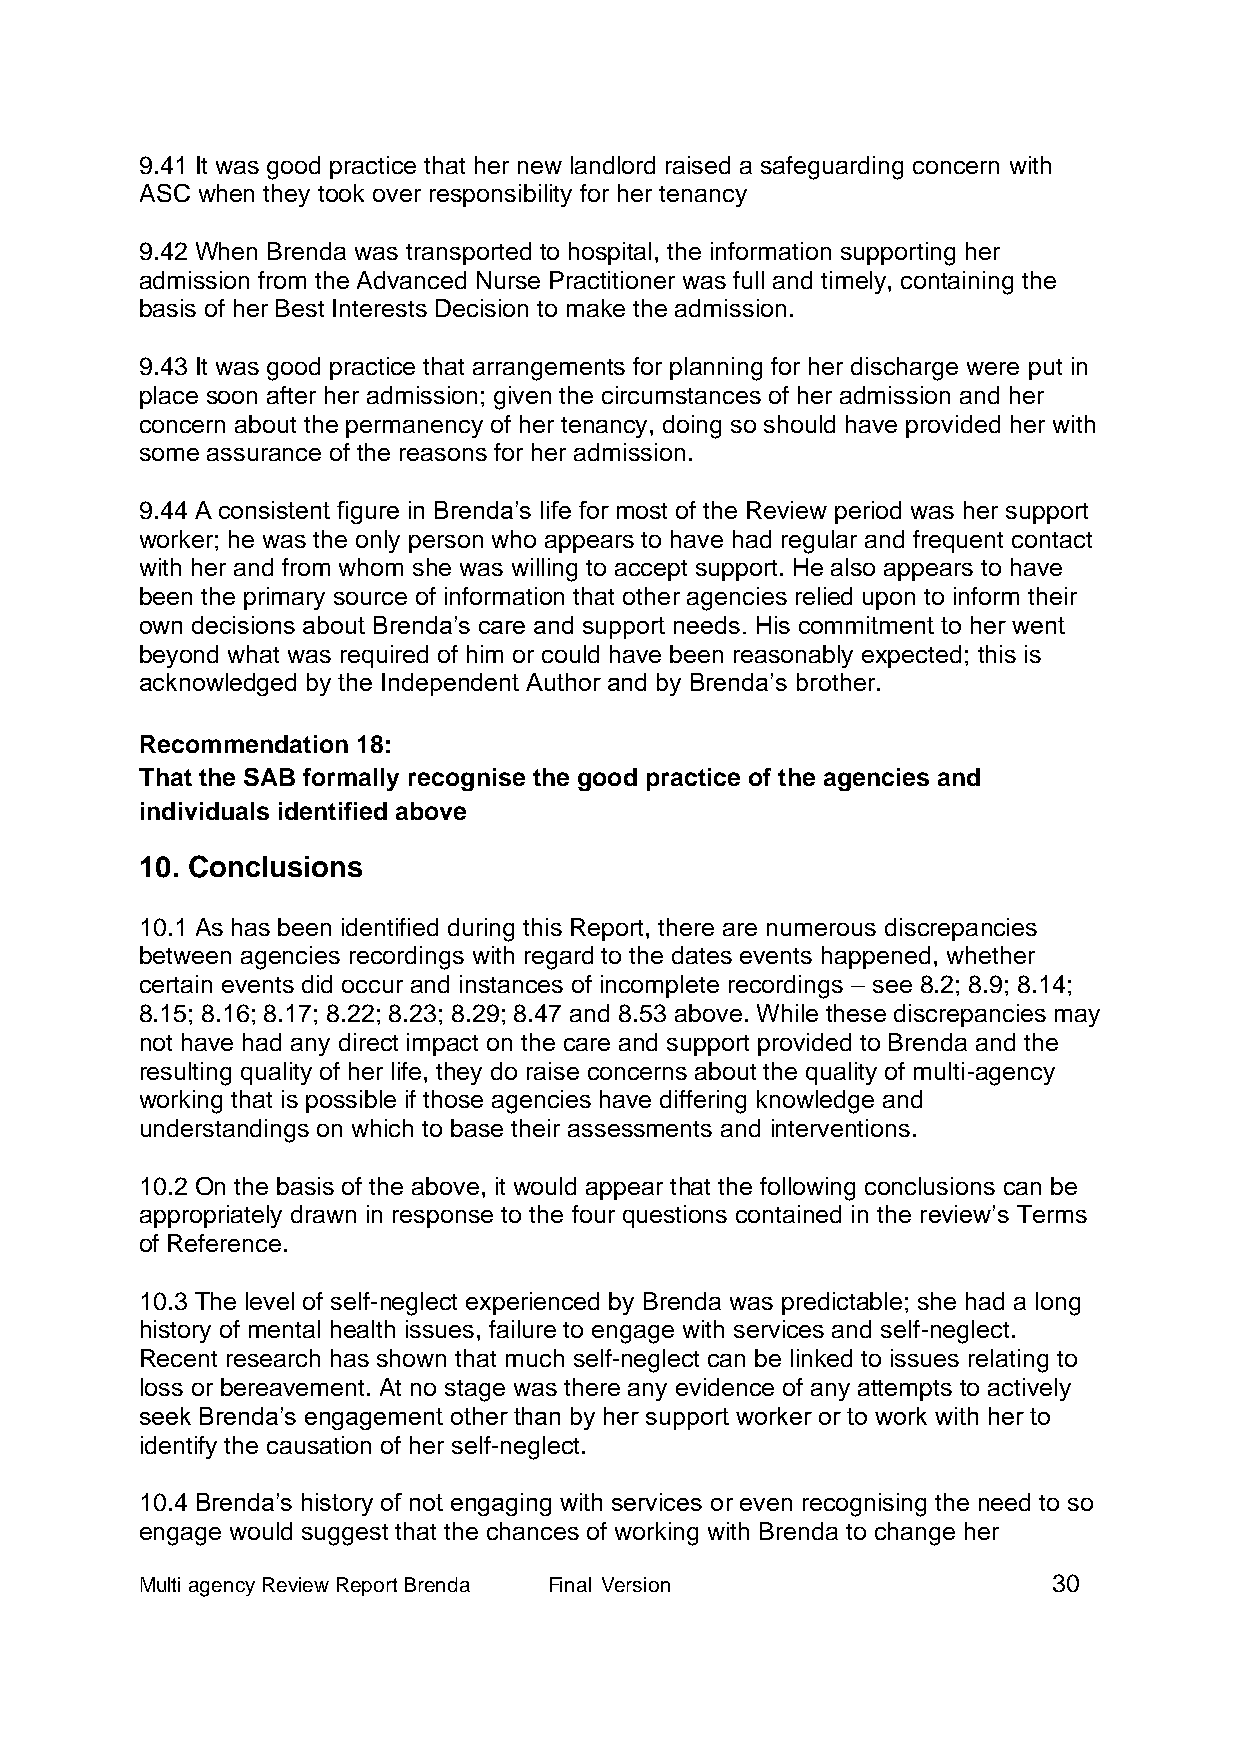
9.41 It was good practice that her new landlord raised a safeguarding concern with
 ASC when they took over responsibility for her tenancy
 9.42 When Brenda was transported to hospital, the information supporting her
 admission from the Advanced Nurse Practitioner was full and timely, containing the
 basis of her Best Interests Decision to make the admission.
 9.43 It was good practice that arrangements for planning for her discharge were put in
 place soon after her admission; given the circumstances of her admission and her
 concern about the permanency of her tenancy, doing so should have provided her with
 some assurance of the reasons for her admission.
 9.44 A consistent figure in Brenda’s life for most of the Review period was her support
 worker; he was the only person who appears to have had regular and frequent contact
 with her and from whom she was willing to accept support. He also appears to have
 been the primary source of information that other agencies relied upon to inform their
 own decisions about Brenda’s care and support needs. His commitment to her went
 beyond what was required of him or could have been reasonably expected; this is
 acknowledged by the Independent Author and by Brenda’s brother.
 Recommendation 18:
 That the SAB formally recognise the good practice of the agencies and
 individuals identified above
 10. Conclusions
 10.1 As has been identified during this Report, there are numerous discrepancies
 between agencies recordings with regard to the dates events happened, whether
 certain events did occur and instances of incomplete recordings – see 8.2; 8.9; 8.14;
 8.15; 8.16; 8.17; 8.22; 8.23; 8.29; 8.47 and 8.53 above. While these discrepancies may
 not have had any direct impact on the care and support provided to Brenda and the
 resulting quality of her life, they do raise concerns about the quality of multi-agency
 working that is possible if those agencies have differing knowledge and
 understandings on which to base their assessments and interventions.
 10.2 On the basis of the above, it would appear that the following conclusions can be
 appropriately drawn in response to the four questions contained in the review’s Terms
 of Reference.
 10.3 The level of self-neglect experienced by Brenda was predictable; she had a long
 history of mental health issues, failure to engage with services and self-neglect.
 Recent research has shown that much self-neglect can be linked to issues relating to
 loss or bereavement. At no stage was there any evidence of any attempts to actively
 seek Brenda’s engagement other than by her support worker or to work with her to
 identify the causation of her self-neglect.
 10.4 Brenda’s history of not engaging with services or even recognising the need to so
 engage would suggest that the chances of working with Brenda to change her
 Multi agency Review Report Brenda Final Version              30